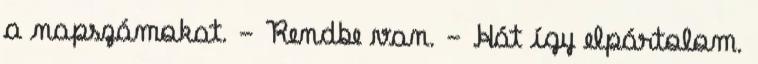
a napszámokat. - Rendbe van. - Hát így elpártolom.